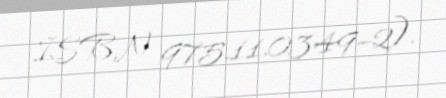
ISBN 975.11.0349–2).